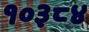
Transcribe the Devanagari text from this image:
१०३८४